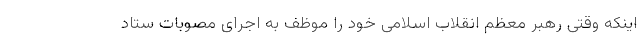
اینکه وقتی رهبر معظم انقلاب اسلامی خود را موظف به اجرای مصوبات ستاد